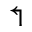
\Lsh